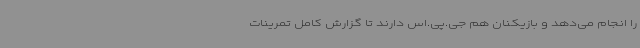
را انجام می‌دهد و بازیکنان هم جی.پی.اس دارند تا گزارش کامل تمرینات